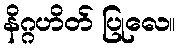
နိဂ္ဂဟိတ် ပြုလေ။